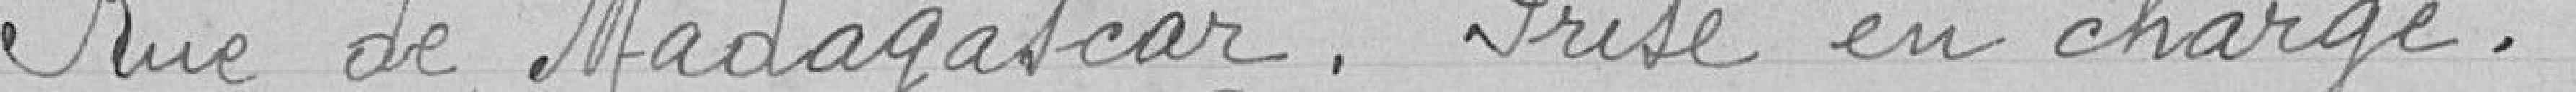
Rue de Madagascar. Prise en charge .